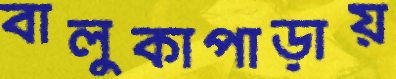
বালুকাপাড়ায়